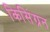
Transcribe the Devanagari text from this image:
किसिंग्रन